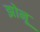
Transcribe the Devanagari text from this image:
झोनू